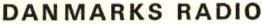
DANMARKS RADIO